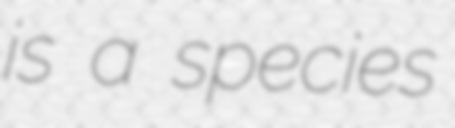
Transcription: is a species